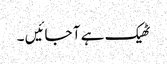
ٹھیک ہے آ جائیں ۔